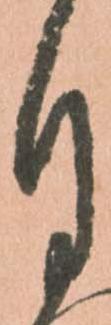
月